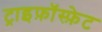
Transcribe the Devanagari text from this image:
ट्राइफ़ॉस्फ़ेट